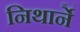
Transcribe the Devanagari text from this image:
निथार्ने